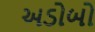
અડોબો